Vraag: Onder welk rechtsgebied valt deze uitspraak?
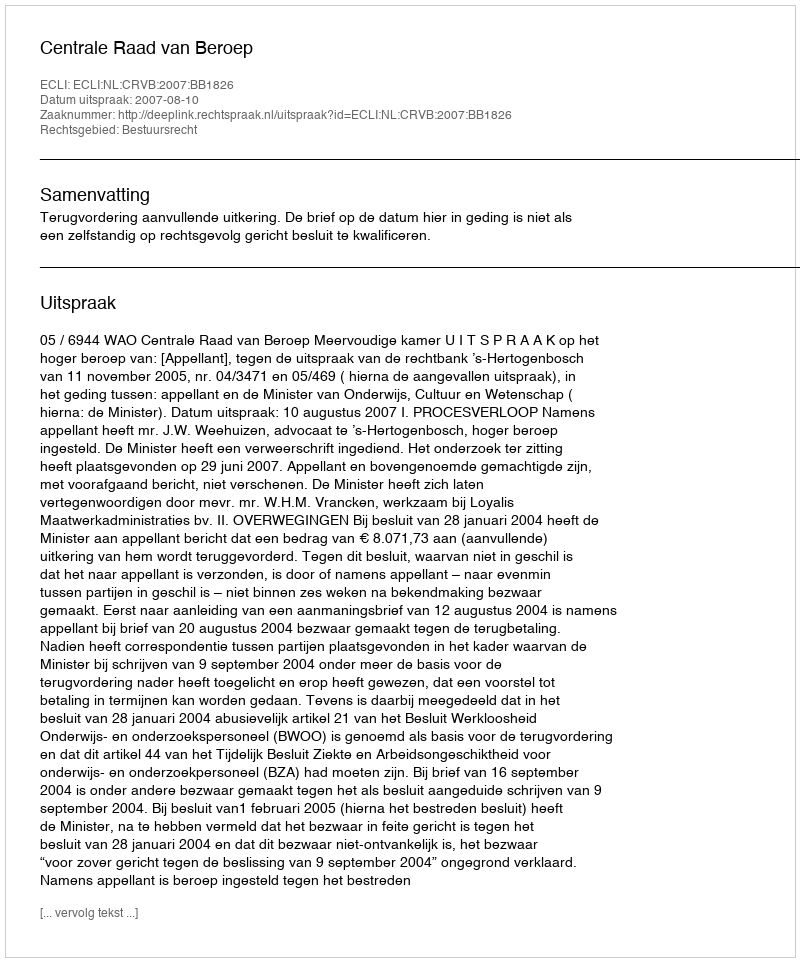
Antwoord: Bestuursrecht